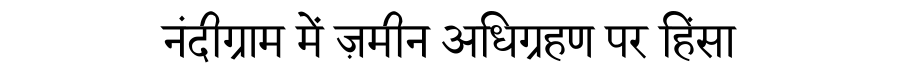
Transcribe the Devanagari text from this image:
नंदीग्राम में ज़मीन अधिग्रहण पर हिंसा